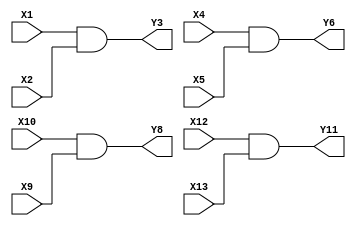
module c7408(X1,X2,X4,X5,X9,X10,X12,X13,Y3,Y6,Y8,Y11);
input wire X1,X2,X4,X5,X9,X10,X12,X13;
output wire Y3,Y6,Y8,Y11;

assign Y3 = X1 & X2;
assign Y6 = X4 & X5;
assign Y8 = X10 & X9;
assign Y11 = X12 & X13;
endmodule